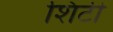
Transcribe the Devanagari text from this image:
शिंटी